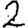
Digit: 2